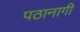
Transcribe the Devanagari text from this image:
पठानागी